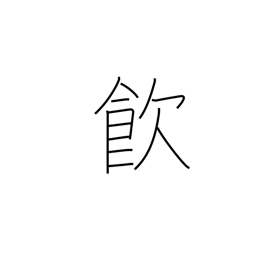
Meaning: drink